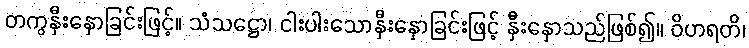
တကွနှီးနှောခြင်းဖြင့်။ သံသဋ္ဌော၊ ငါးပါးသောနှီးနှောခြင်းဖြင့် နှီးနှောသည်ဖြစ်၍။ ဝိဟရတိ၊